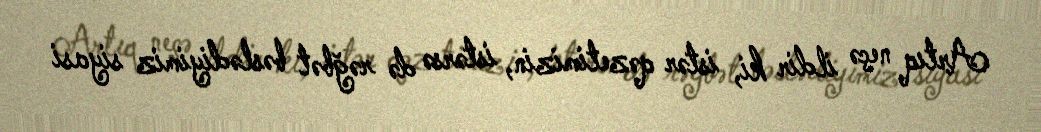
Artıq neçə ildir ki, istər qəzetimizin, istərsə də rəğbət bəslədiyimiz siyasi